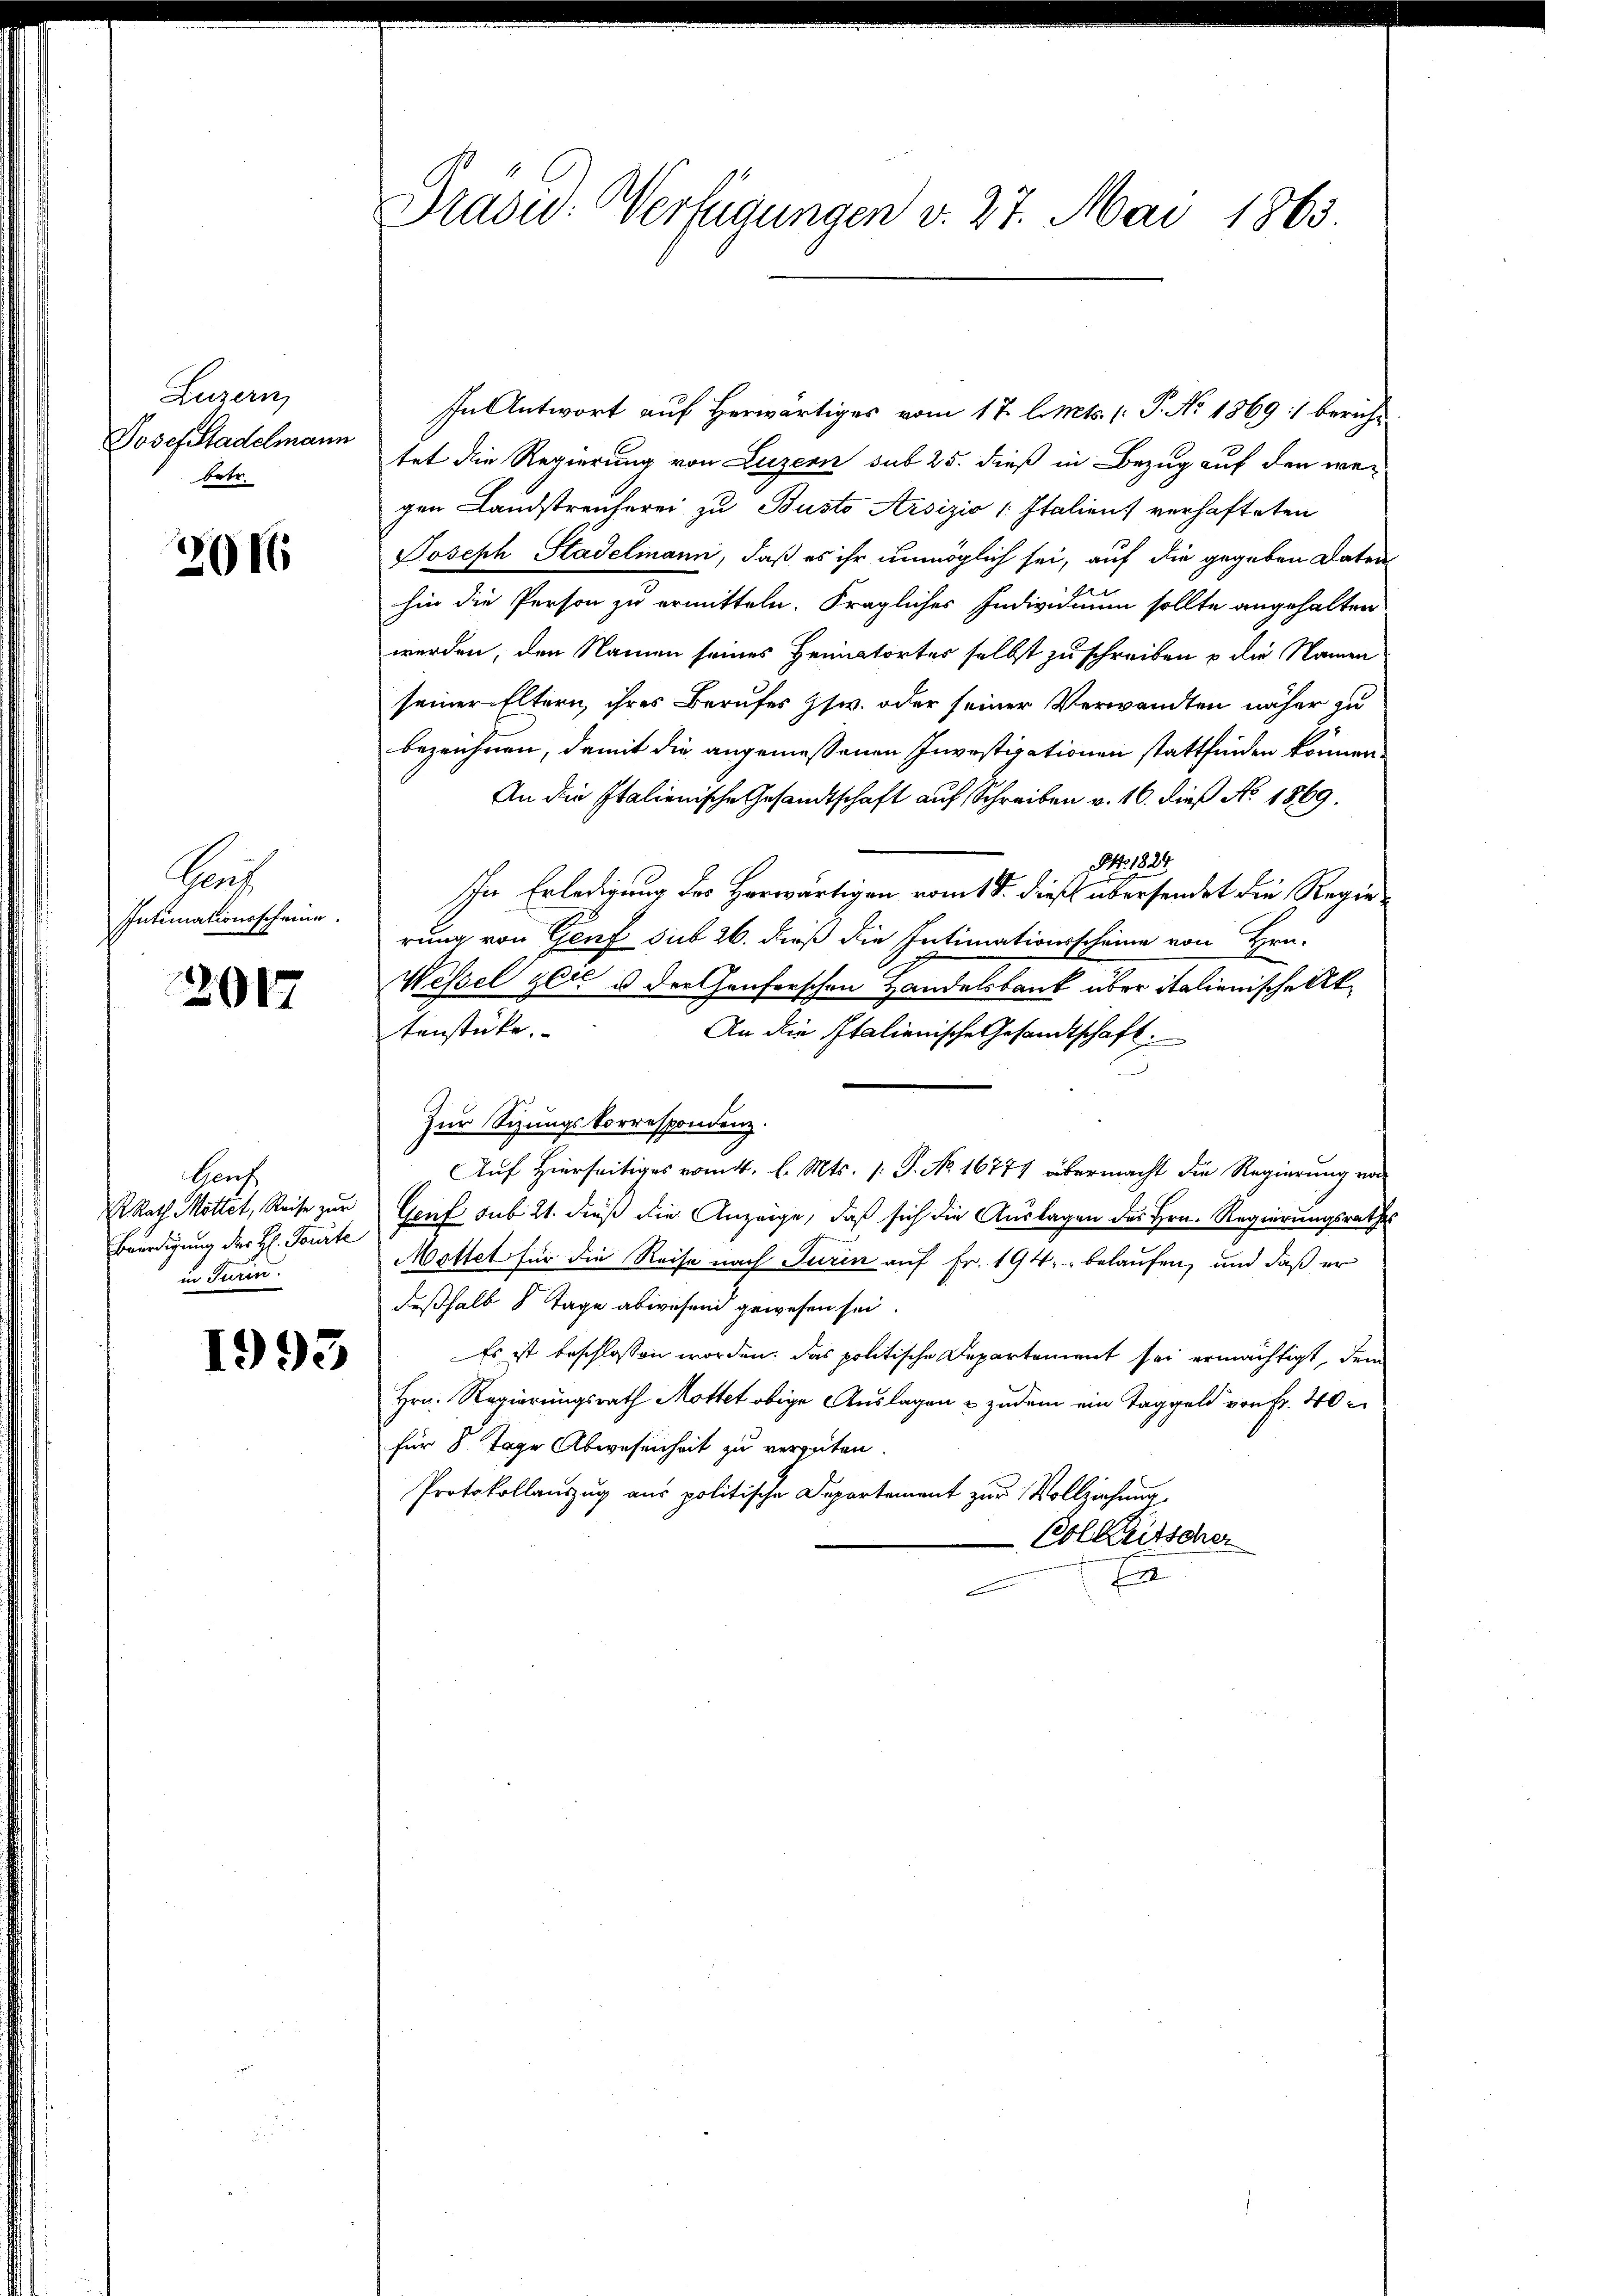
Luzern,
Josef Stadelmann
betr.

2016

Gruf
Intimationsscheine.

2017

Bauf
I. Rath Mottet, Reise zur
Beerdigung der H. Tourte
in Turin.

1993

Dradw. Verfügungen v. 27. Mai 1863.

In Antwort auf Herwärtiges vom 17. l. Mts. (: P. No 1869 :/ bericht
tet die Regierung von Luzern sub 25. dieß in Bezug auf den wegen Landstreicherei zu Busto Arsizio Italiens verhafteten
Joseph Stadelmann, daß es ihr unmöglich sei, auf die gegeben Daten
hin die Person zu ermitteln. Fragliches Individuum sollte angehalten
werden, den Namen seines Heimatortes selbst zu schreiben u die Namen
seiner Eltern, ihres Berufes zsw. oder seiner Verwandten näher zu
bezeichnen, damit die angemessenen Investipationen stattfinden können.
An die Italienische Gesandtschaft auf Schreiben v. 16. dieß No. 1869.
r 1832.
In Erledigung des Herwärtigen romt S. dieß übersendet die Regierung von Genf sub 26. dieß die Intimationsscheine von Hrn.
Wessel gere u der Genferschen Handelsbank über italienische Aktenstücke.
An die Italienische Gesandtschaft.
Zur Sizungskorrespondenz.
Auf Hierseitiges vom 4. l. Mts. 1. P. No. 16774 übermacht die Regierung von
Genf sub 21. dieß die Anzeige, daß sich die Auslagen des Hrn. Regierungsrathes
Mottet für die Reise nach Turin auf Fr. 194. belaufen, und daß er
deßhalb 8 Tage abwesen gewesen sei.
Es ist beschlossen worden; das politische Departement sei ermächtigt, dem
Hrn. Regierungsrath Mottet obige Auslagen & zudem ein Taggeld von Fr. 40
für 8 Tage Abwesenheit zu vergüten.
Protokollauszug aus politische Departement zur Vollziehung
Bolketscher
E